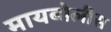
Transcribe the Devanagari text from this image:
मायबोलीस